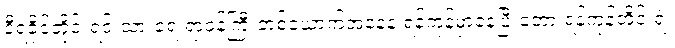
ဒီရခိုင်တိုင်းရင်းသားရေးရာဝန်ကြီးတစ်ယောက်အနေနဲ့ ရန်ကုန်မှာနေပြီးတော့ ရန်ကုန်တိုင်းရဲ့